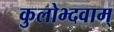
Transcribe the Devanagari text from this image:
कुलोभ्दवाम्